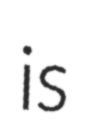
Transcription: is